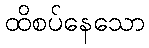
ထိစပ်နေသော